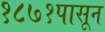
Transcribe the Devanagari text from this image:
१८७१पासून